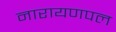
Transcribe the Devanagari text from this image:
नारायणपल